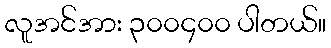
လူအင်အား ၃၀၀၄၀၀ ပါတယ်။